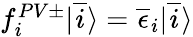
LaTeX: \begin{array}{r}{f_{i}^{PV\pm}|\overline{{i}}\rangle=\overline{{\epsilon}}_{i}|\overline{{i}}\rangle}\end{array}